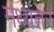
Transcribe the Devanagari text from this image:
मध्‍यंतर